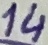
Text: 14